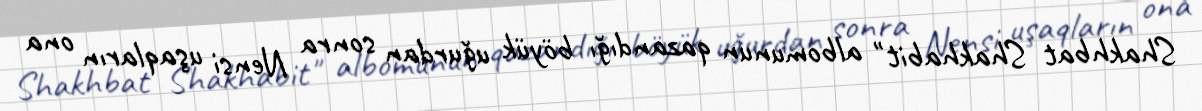
Shakhbat Shakhabit" albomunun qazandığı böyük uğurdan sonra Nensi uşaqların ona